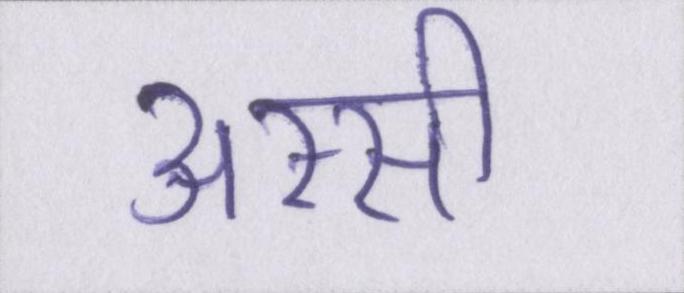
अस्सी